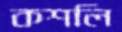
কশলি